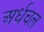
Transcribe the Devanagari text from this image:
अर्धचल